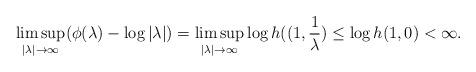
LaTeX: \begin{align*}\limsup_{|\lambda|\to\infty}(\phi(\lambda)-\log|\lambda|)=\limsup_{|\lambda|\to\infty}\log h((1,\frac{1}{\lambda})\leq\log h(1,0)<\infty.\end{align*}